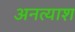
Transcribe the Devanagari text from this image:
अनत्याश